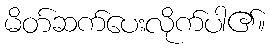
မိတ်ဆက်ပေးလိုက်ပါ၏။